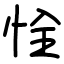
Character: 恮